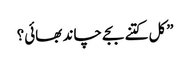
”کل کتنے بجے چاند بھائی؟